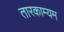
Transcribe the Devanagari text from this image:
तारकाम्यम